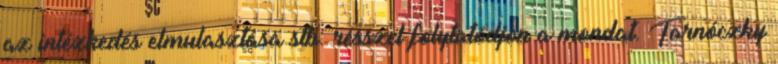
az intézkedés elmulasztása stb. résszel folytatódjon a mondat. Tarnóczky